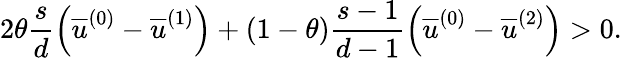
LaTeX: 2\theta\frac{s}{d}\left(\overline{{u}}^{\left(0\right)}-\overline{{u}}^{\left(1\right)}\right)+\left(1-\theta\right)\frac{s-1}{d-1}\left(\overline{{u}}^{\left(0\right)}-\overline{{u}}^{\left(2\right)}\right)>0.